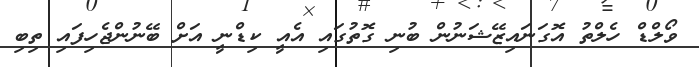
ވޯލްޑް ހެލްތު އޮގަނައިޒޭޝަނުން ބުނި ގޮތުގައި އެއީ ކިޑްނީ އަށް ބޭނުންޖެހިފައި ތިބި